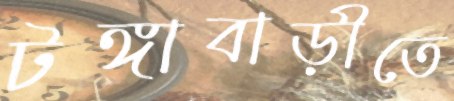
টঙ্গাবাড়ীতে